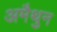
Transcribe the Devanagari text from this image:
अमैथुन